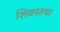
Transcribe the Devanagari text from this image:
शिवस्तथा